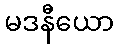
မဒနီယော